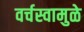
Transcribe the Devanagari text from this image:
वर्चस्वामुळे